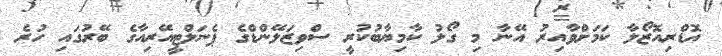
އޮޑްރިއޮޒޯލާ ކަމަށްވާއިރު އޭނާ މި ގޯލު ކާމިޔާބުކުރީ ސްވިޒަލޭންޑްގެ ޕެނަލްޓީއޭރިއާގެ ބޭރުގައި ހުރެ